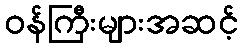
ဝန်ကြီးများအဆင့်